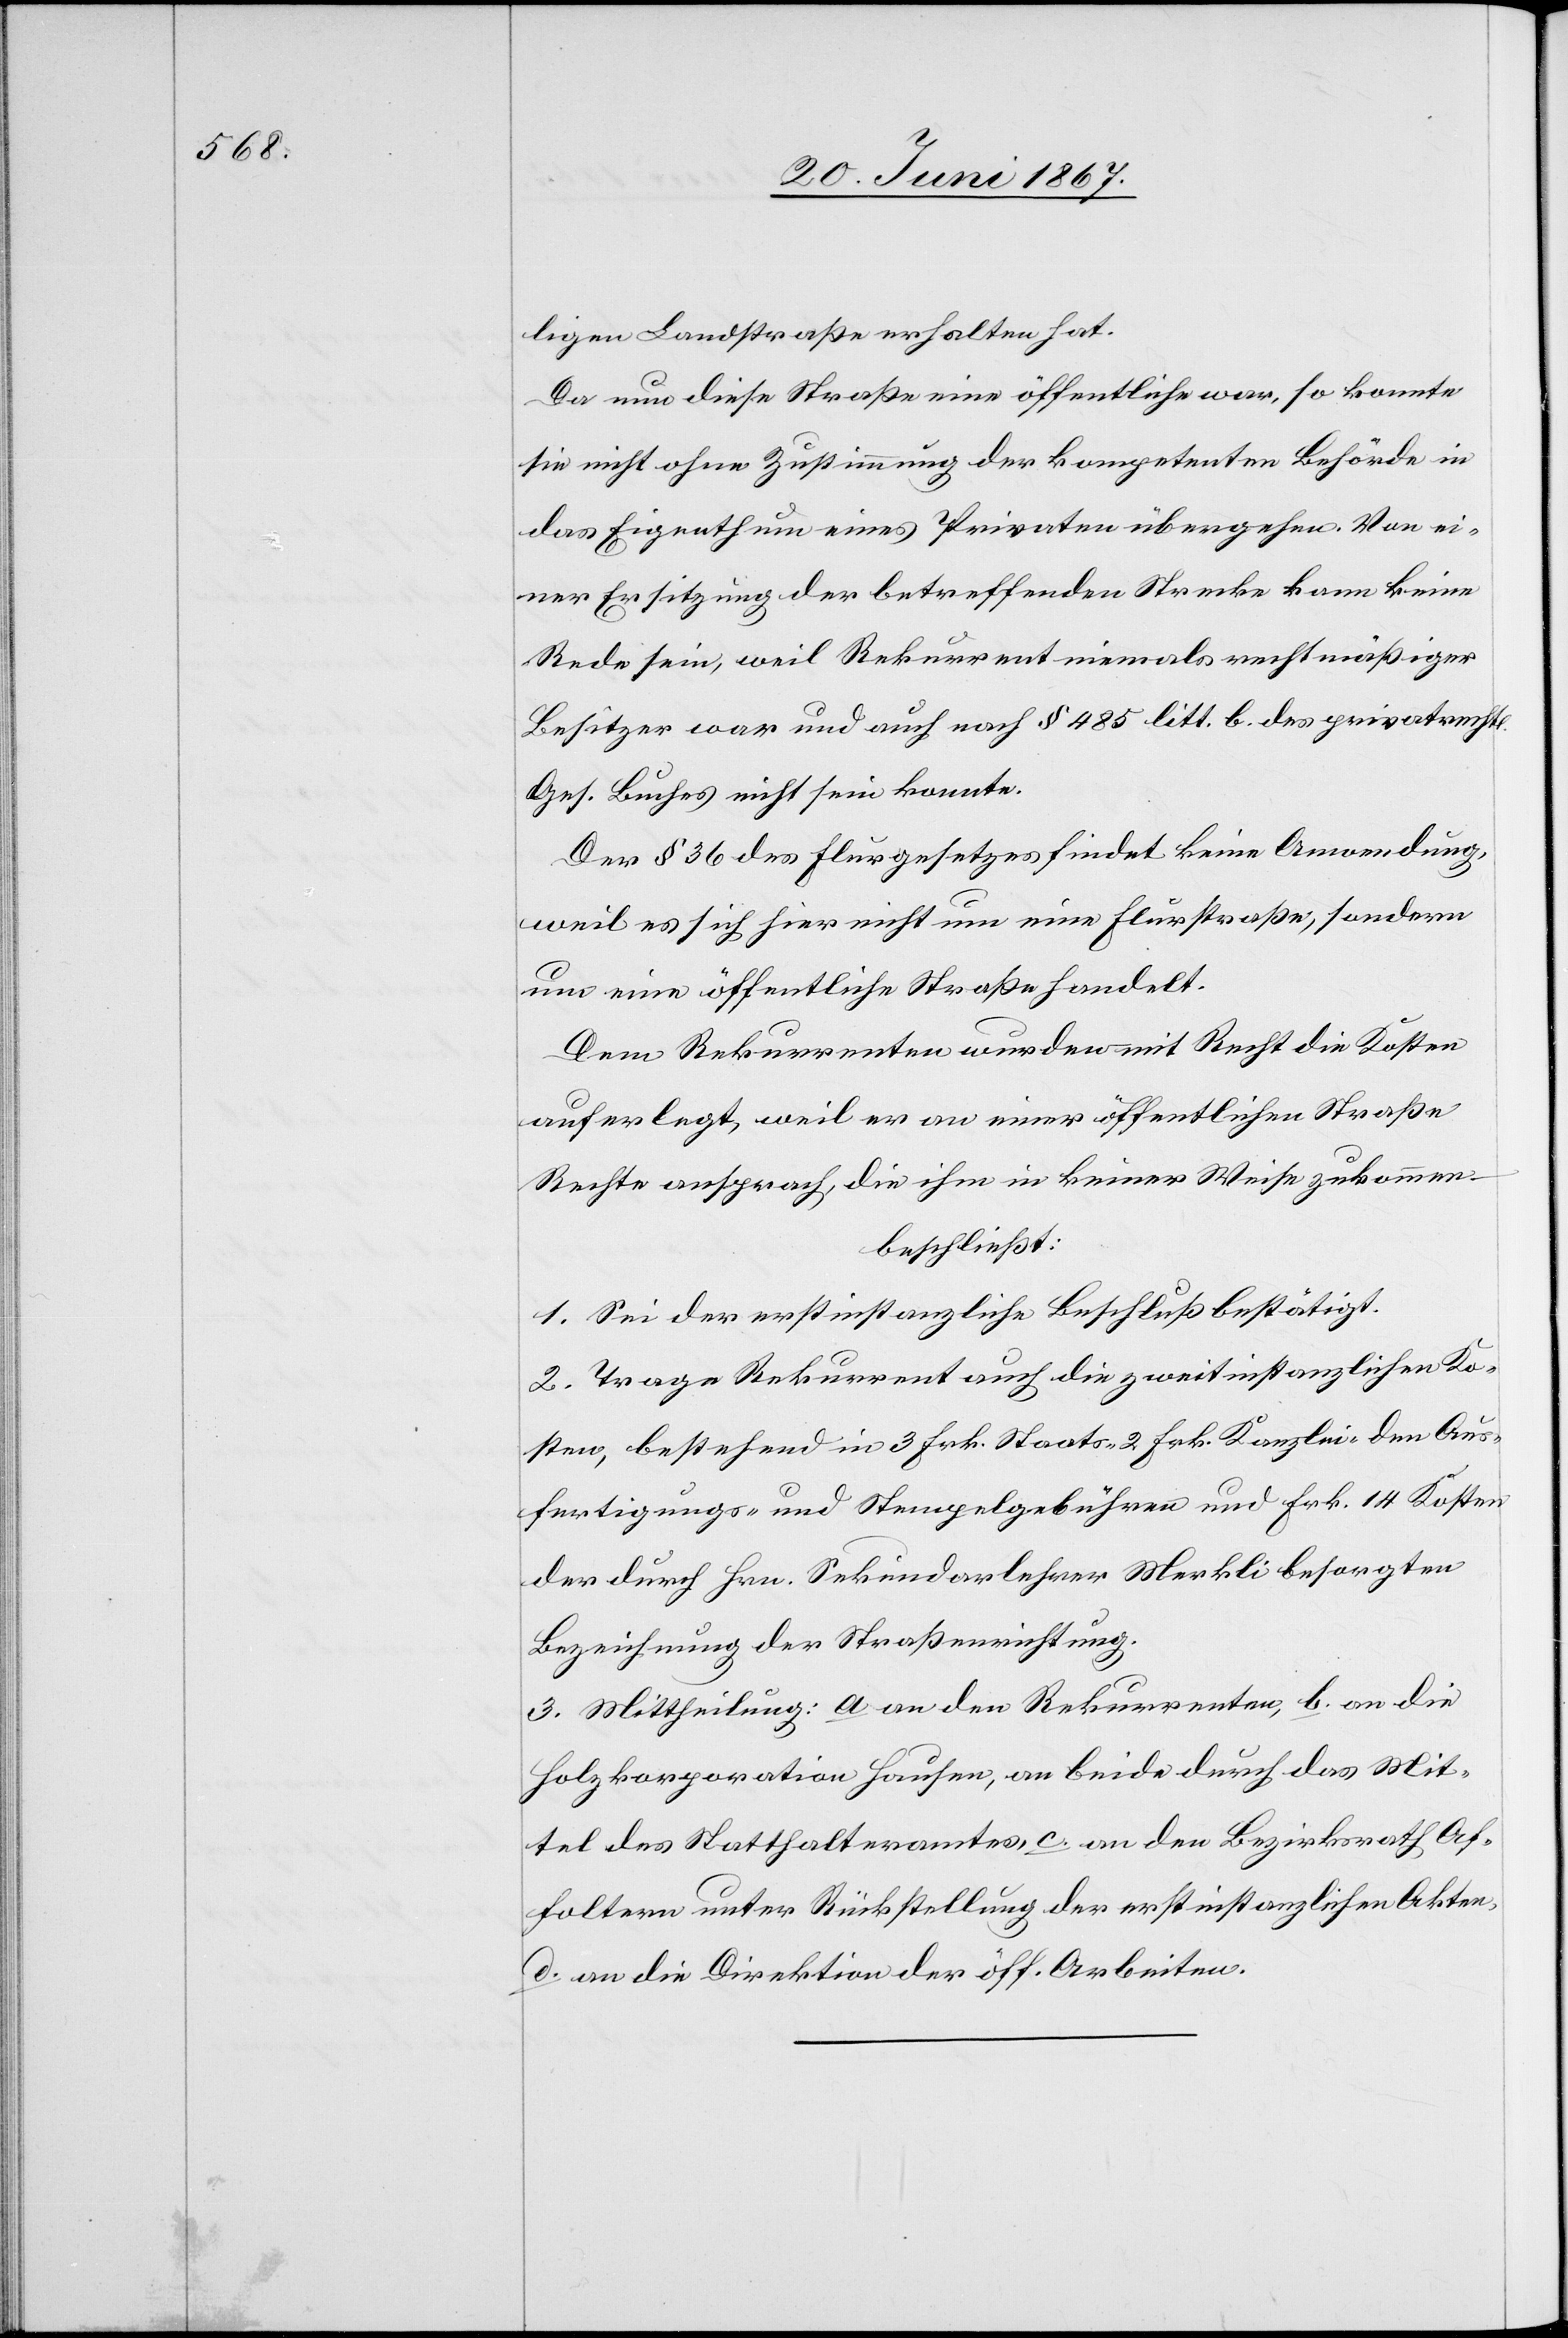
ligen Landstraße erhalten hat.
Da nun diese Straße eine öffentliche war, so konnte
sie nicht ohne Zustimmung der kompetenten Behörde in
das Eigenthum eines Privaten übergehen. Von ei¬
ner Ersitzung der betreffenden Strecke kann keine
Rede sein, weil Rekurrent niemals rechtmäßiger
Besitzer war und auch nach § 485 litt. b. des privatrechtl.
Ges. Buches nicht sein konnte.
Der § 36 des Flurgesetzes findet keine Anwendung,
weil es sich hier nicht um eine Flurstraße, sondern
um eine öffentliche Straße handelt.
Dem Rekurrenten wurden mit Recht die Kosten
auferlegt, weil er an einer öffentlichen Straße
Rechte ansprach, die ihm in keiner Weise zukommen.
beschließt:
1. Sei der erstinstanzliche Beschluß bestätigt.
2. Trage Rekurrent auch die zweitinstanzlichen Ko¬
sten, bestehend in 3 Frk. Staats-[,] 2 Frk. Kanzlei-[,] den Aus¬
fertigungs- und Stempelgebühren und Frk. 14 Kosten
der durch Hrn. Sekundarlehrer Merkli besorgten
Bezeichnung der Straßenrichtung.
3. Mittheilung: a. an den Rekurrenten, b. an die
Holzkorporation Hausen, an beide durch das Mit¬
tel des Statthalteramtes, c. an den Bezirksrath Af¬
foltern unter Rückstellung der erstinstanzlichen Akten,
d. an die Direktion der öff. Arbeiten.